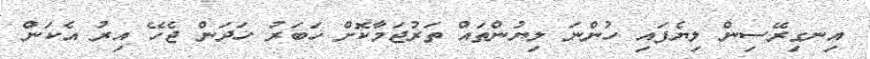
އިނގިރޭސިން ލިޔެފައި ހުންނަ ލިޔުންތައް ތަރުޖަމާކޮށް ޚަބަރު ހަދަން ޖެހޭ އިރު އެކަން